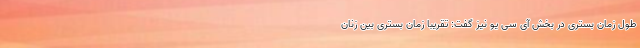
طول زمان بستری در بخش آی سی یو نیز گفت: تقریبا زمان بستری بین زنان